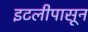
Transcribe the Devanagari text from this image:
इटलीपासून